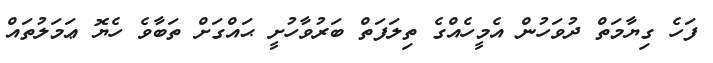
ފަހެ ގިޔާމަތް ދުވަހުން އެމީހެއްގެ ތިލަފަތް ބަރުވާހުށީ ޙައްގަށް ތަބާވެ ހެޔޮ ޢަމަލުތައް